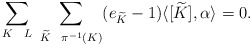
\begin{align*}\sum_{K \ \ L} \ \sum_{ \widetilde{K} \ \ \pi^{-1}(K)} (e_{\widetilde{K}}-1) \langle[\widetilde{K}], \alpha \rangle = 0.\end{align*}